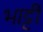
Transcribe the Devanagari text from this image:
भाट्टी